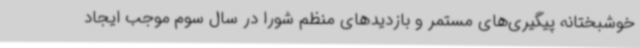
خوشبختانه پیگیری‌های مستمر و بازدیدهای منظم شورا در سال سوم موجب ایجاد